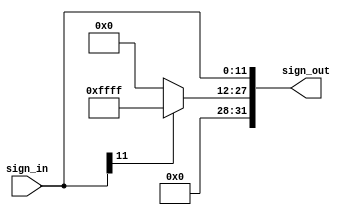
module SignedExtension(sign_in, sign_out);

    input [11:0] sign_in;
    output [31:0] sign_out;

    assign sign_out[11:0] = sign_in;
    assign sign_out[31:12] = sign_in[11] ? 20'b1111_1111_1111_1111: 20'b0; // Signed-Extension




endmodule